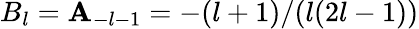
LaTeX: B_{l}=\mathbf{A}_{-l-1}=-(l+1)/(l(2l-1))